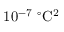
1 0 ^ { - 7 } \ { } ^ { \circ } \mathrm { C } ^ { 2 }